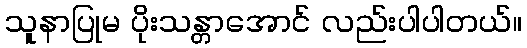
သူနာပြုမ ပိုးသန္တာအောင် လည်းပါပါတယ်။